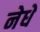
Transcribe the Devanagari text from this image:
नेधे